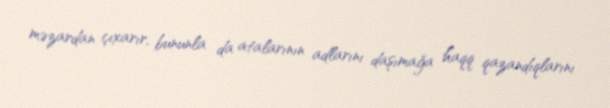
məzardan çıxarır, bununla da atalarının adlarını daşımağa haqq qazandıqlarını